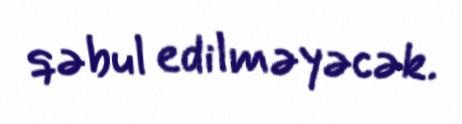
qəbul edilməyəcək.